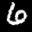
Label: 6